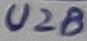
Text: U2B